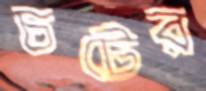
চটের